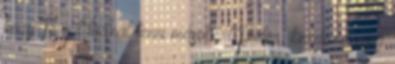
hogy Te mit tudnál tenni másokért Péter, kérdezd meg